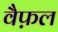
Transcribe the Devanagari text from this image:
वैफ़ल